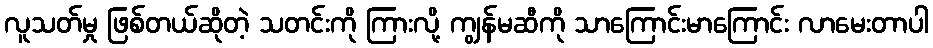
လူသတ်မှု ဖြစ်တယ်ဆိုတဲ့ သတင်းကို ကြားလို့ ကျွန်မဆီကို သာကြောင်းမာကြောင်း လာမေးတာပါ